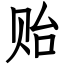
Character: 贻